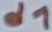
Text: d1